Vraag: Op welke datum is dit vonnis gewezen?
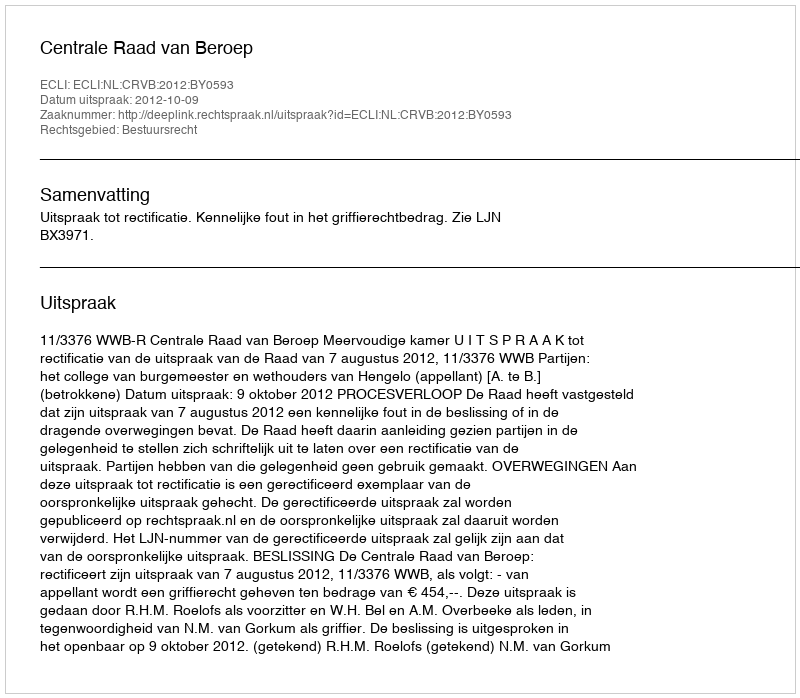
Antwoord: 2012-10-09